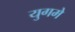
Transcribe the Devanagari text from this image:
युगमे